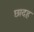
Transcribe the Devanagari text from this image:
छादह